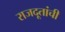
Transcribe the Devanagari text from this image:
राजदूतांची